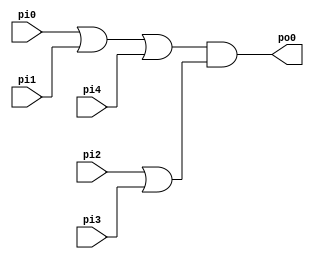
module test_4 (
	pi0, pi1, pi2, pi3, pi4,
	po0);
  	input pi0, pi1, pi2, pi3, pi4;
  	output po0;
  	wire n1, n2, n3;
	assign n1 = pi0 | pi1;
	assign n2 = pi2 | pi3;
	assign n3 = n1 | pi4;
	assign po0 = n3 & n2;
endmodule

// Y6(1, 1, 1, i1, i2, i5, 1, 1, 1, 1, 1, 0, 0, 0, 0, i3, i4, 0, 0, 0, 0, 1, 1, 1, 0, 0, 0, 0)